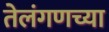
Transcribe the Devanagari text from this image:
तेलंगणच्या